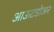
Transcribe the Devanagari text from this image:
आऊटडोअर